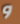
و